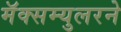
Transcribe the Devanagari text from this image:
मॅक्सम्युलरने